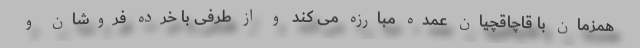
همزمان با قاچاقچیان عمده مبارزه می کند و از طرفی با خرده فروشان و